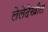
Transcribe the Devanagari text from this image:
लेलेदेखील